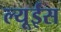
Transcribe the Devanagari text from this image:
ल्यूईस